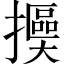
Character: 𢷯